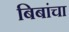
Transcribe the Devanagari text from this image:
बिबांचा